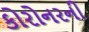
કોરોનરની